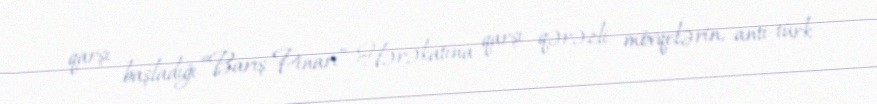
qarşı başladığı “Barış Pinarı” Hərəkatına qarşı qərəzli mövqelərin, anti-türk